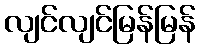
လျင်လျင်မြန်မြန်